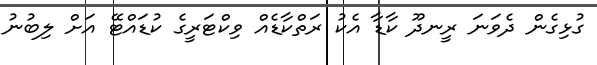
ގުޅިގެން ދެވަނަ ރީނދޫ ކާޑާ އެކު ރަތްކާޑެއް ވިކްޓަރީގެ ކުޑައްޓޭ އަށް ލިބުނު